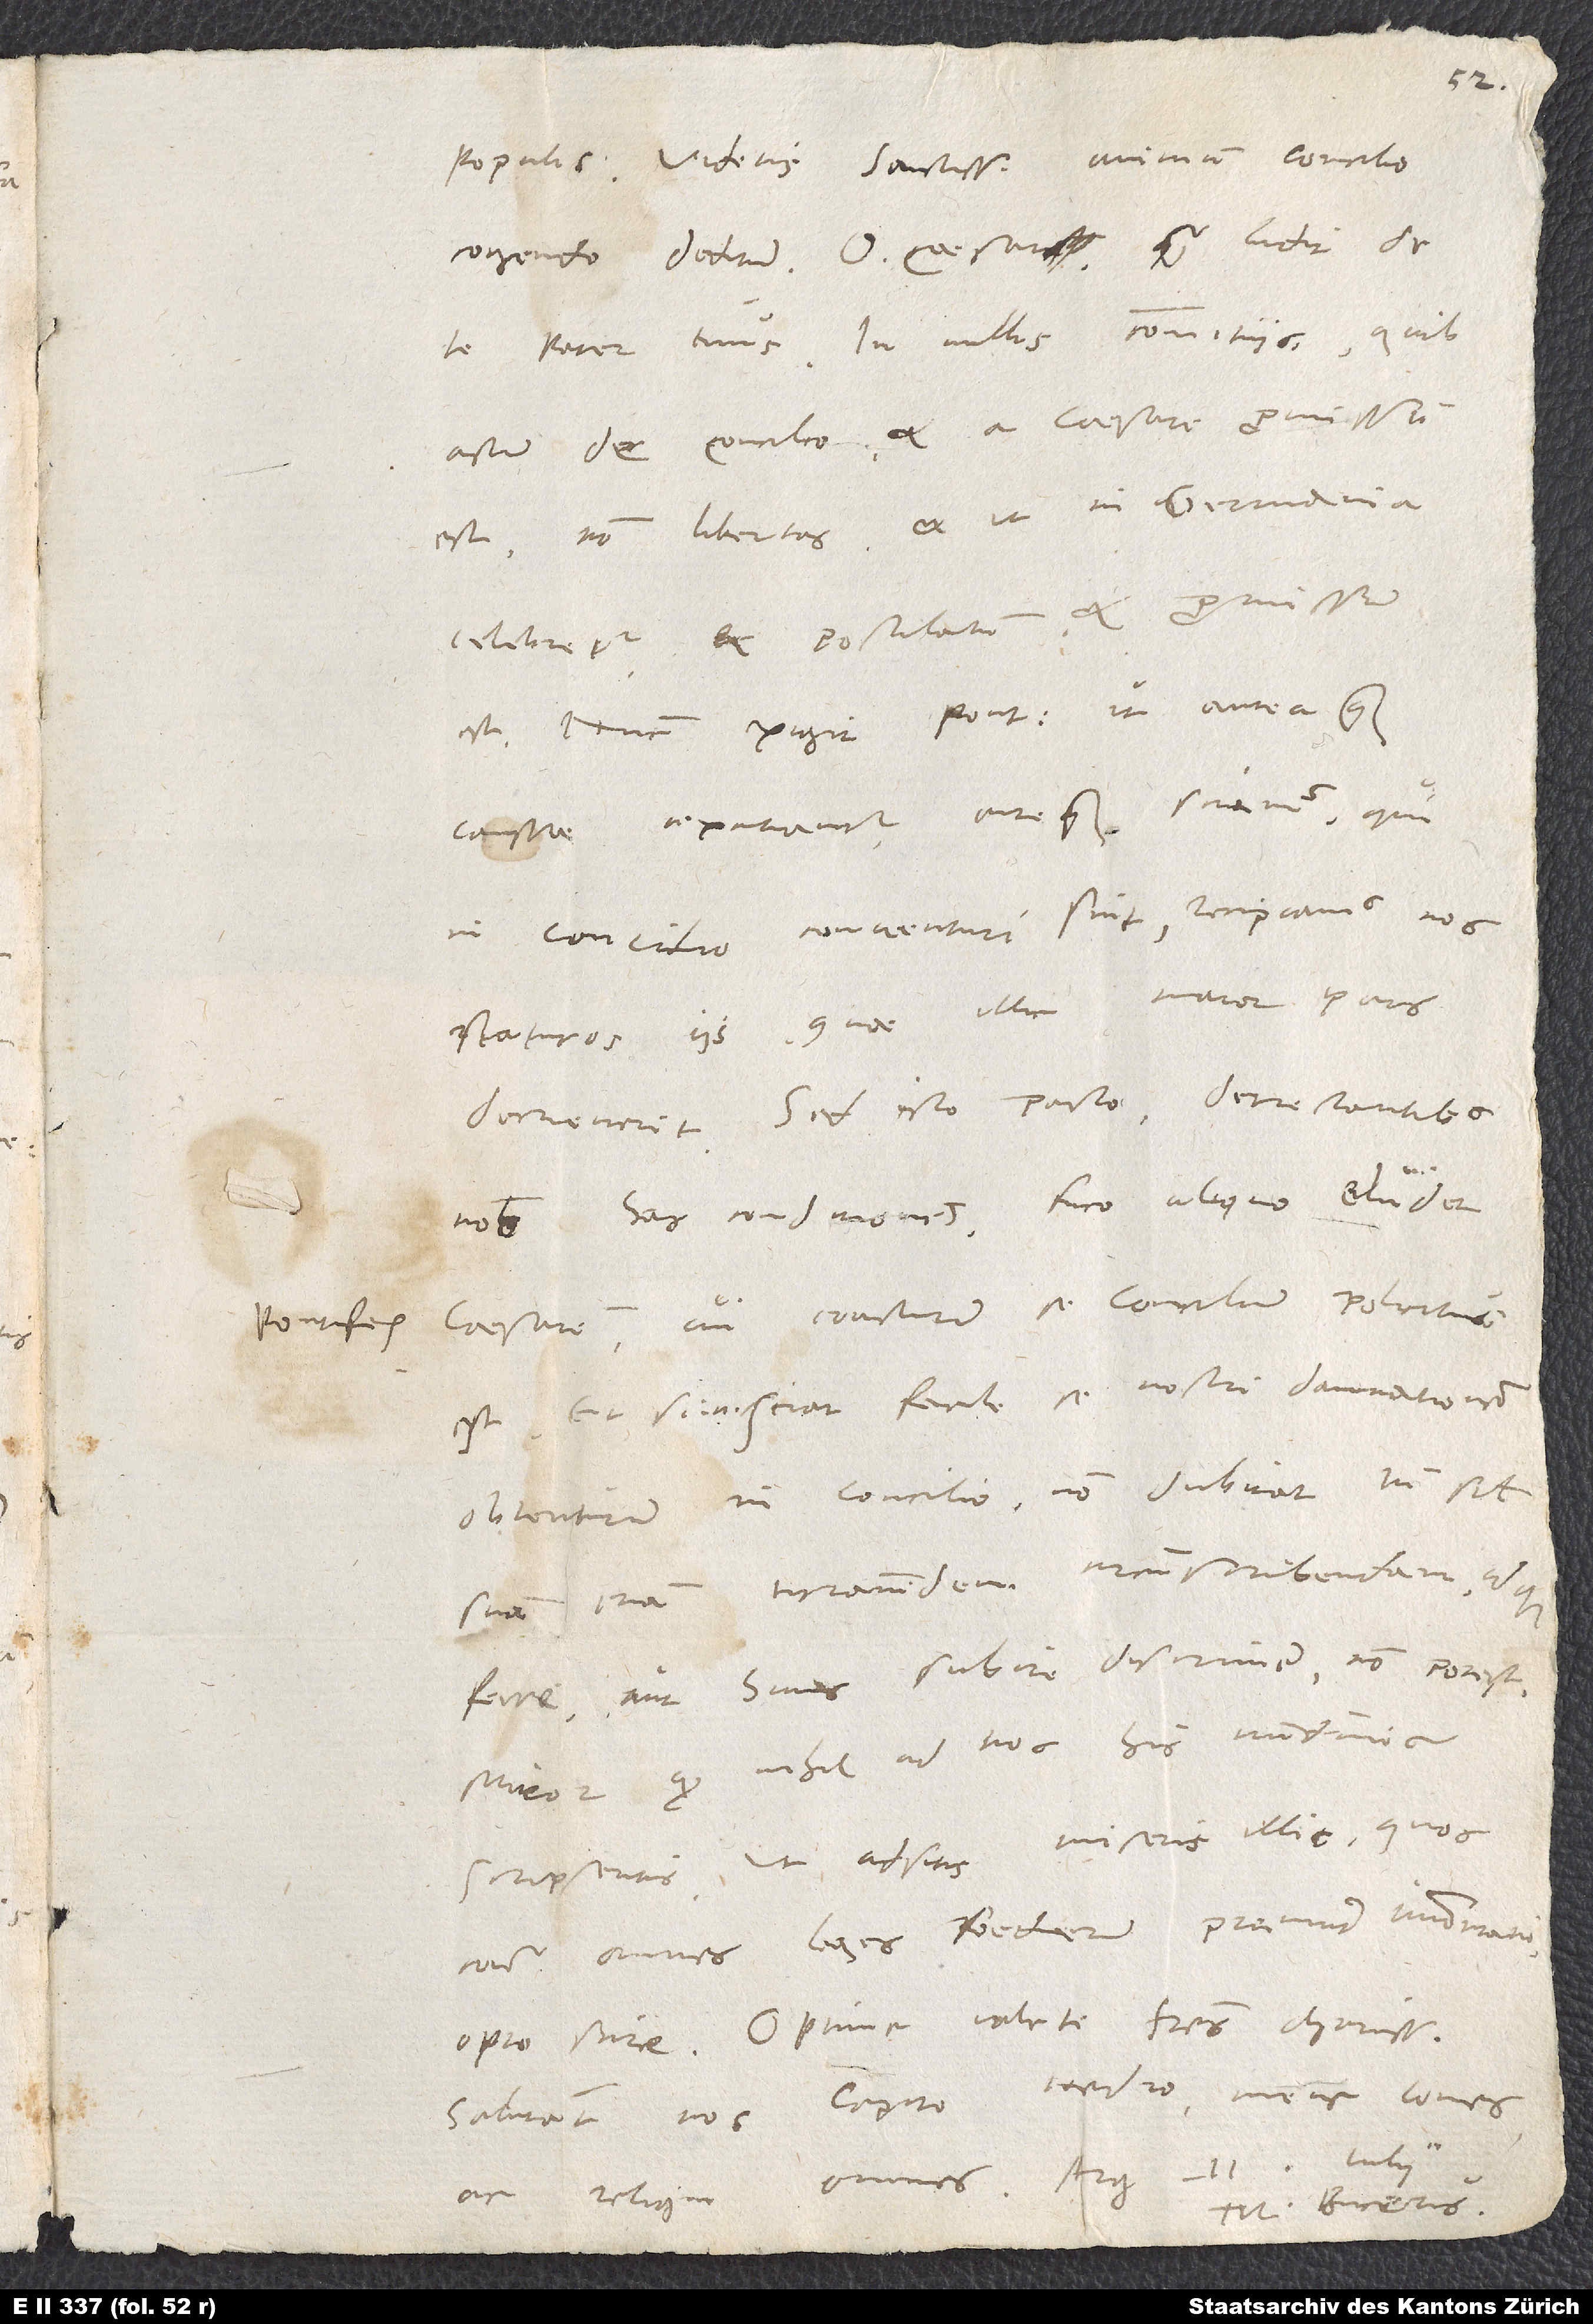
populis. Videtis sanctissimum animum concilio
cogendo deditum. O caesar, quam ludit de
te pater tuus. In nullis comitiis, quibus
actum de concilio et a caesare promissum
est, non libertas et ut in Germania
celebretur, et postulatum et promissum
est. Nunc exigit pontifex, ut antea, quam
caussae excutiantur, antequam sciamus, qui
in concilio conventuri sint, recipiamus nos
staturos iis, quae illic maior pars
decreverit. Sed isto pacto detrectantibus
nobis has conditiones fuco aliquo eludet
caesarem, cui constiturum se concilium policitus
est. Etsi enim sciat facile se nostri damnationem
obtenturum in concilio, non dubitat tamen simul
suam etiam tyrannidem circumscribendam idque
ferre aut huius subire discrimen non potest.
Miror, quod nihil ad nos his nundinis
scripseritis. Ut adsitis miseris illic, quos
contra omnes leges foederum premunt Immontani,
Optime valete, fratres charissimi.
Salutant vos Capito, Hedio, meus comes
ac reliqui
M. Bucerus.